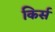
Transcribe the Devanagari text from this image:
किर्स